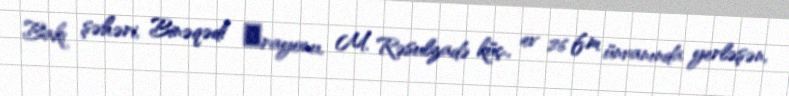
Bakı şəhəri, Binəqədi ‎rayonu, M. Rəsulzadə küç., ev 26 f.m ünvanında yerləşən,